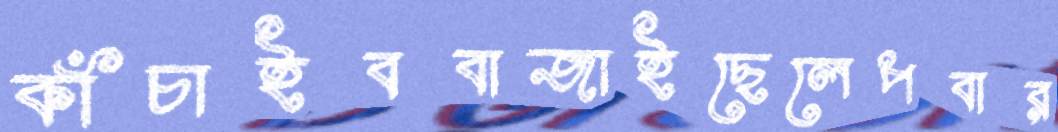
কাঁচাইববাজাইছেলেপবার